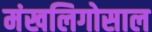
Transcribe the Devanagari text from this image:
मंखलिगोसाल